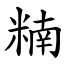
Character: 䊖